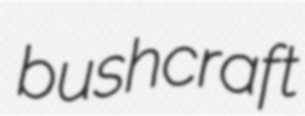
bushcraft